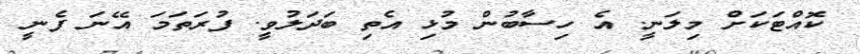
ކޮއްޓަކަށް މިލަނީ. އެ ހިސާބުން މުޅި އެތި ބަދަލުވީ. ފުރަތަމަ އޭނަ ފެނީ